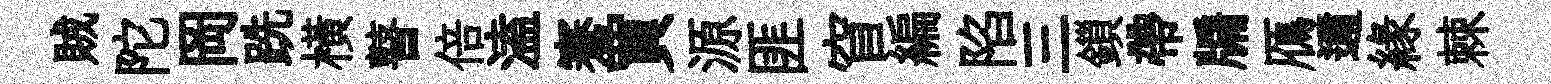
賊陀岡跣橫瞽倍溘騫買源匪窅編陷三鎻帶牖鴈邇縁棘